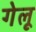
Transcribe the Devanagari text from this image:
गेलू